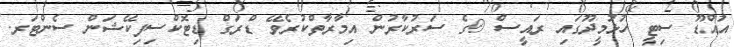
އައްޑޫ ސިޓީ ހުޅުމީދޫގައި ރައީސް @ގެ ސަރުކާރުން އިމާރާތްކުރެވޭ ޑްރަގް ޑިޓޮކްސިފިކޭޝަން ސެންޓަރ.